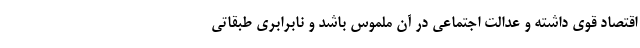
اقتصاد قوی داشته و عدالت اجتماعی در آن ملموس باشد و نابرابری طبقاتی